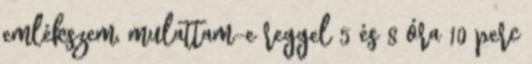
emlékszem, mulattam-e reggel 5 és 8 óra 10 perc